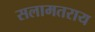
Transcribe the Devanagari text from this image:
सलामतराय